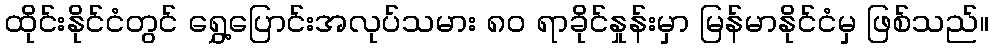
ထိုင်းနိုင်ငံတွင် ရွှေ့ပြောင်းအလုပ်သမား ၈၀ ရာခိုင်နှုန်းမှာ မြန်မာနိုင်ငံမှ ဖြစ်သည်။